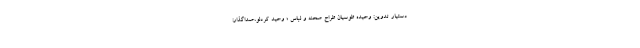
دستیار تدوین: وحیده طوسیان طراح صحنه و لباس ؛ وحید کردلو،صداگذار: